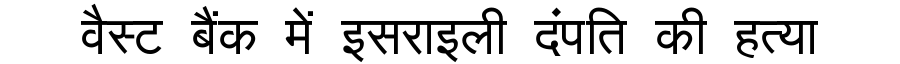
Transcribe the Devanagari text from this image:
वैस्ट बैंक में इसराइली दंपति की हत्या